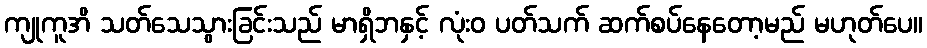
ကျုကူအိ သတ်သေသွားခြင်းသည် မာရှိဘနှင့် လုံးဝ ပတ်သက် ဆက်စပ်နေတော့မည် မဟုတ်ပေ။